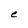
Character: e